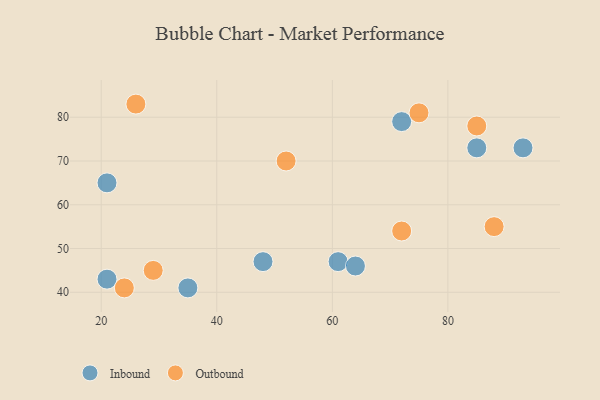
{"axis": {"x": "GDP", "y": "Life Expectancy"}, "legend": ["Inbound", "Outbound"], "data": [{"x": "21", "y": 65, "type": "Inbound"}, {"x": "85", "y": 73, "type": "Inbound"}, {"x": "21", "y": 43, "type": "Inbound"}, {"x": "48", "y": 47, "type": "Inbound"}, {"x": "61", "y": 47, "type": "Inbound"}, {"x": "93", "y": 73, "type": "Inbound"}, {"x": "64", "y": 46, "type": "Inbound"}, {"x": "72", "y": 79, "type": "Inbound"}, {"x": "35", "y": 41, "type": "Inbound"}, {"x": "52", "y": 70, "type": "Outbound"}, {"x": "29", "y": 45, "type": "Outbound"}, {"x": "85", "y": 78, "type": "Outbound"}, {"x": "72", "y": 54, "type": "Outbound"}, {"x": "75", "y": 81, "type": "Outbound"}, {"x": "26", "y": 83, "type": "Outbound"}, {"x": "88", "y": 55, "type": "Outbound"}, {"x": "24", "y": 41, "type": "Outbound"}]}